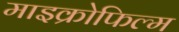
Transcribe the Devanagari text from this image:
माइक्रोफिल्‍म